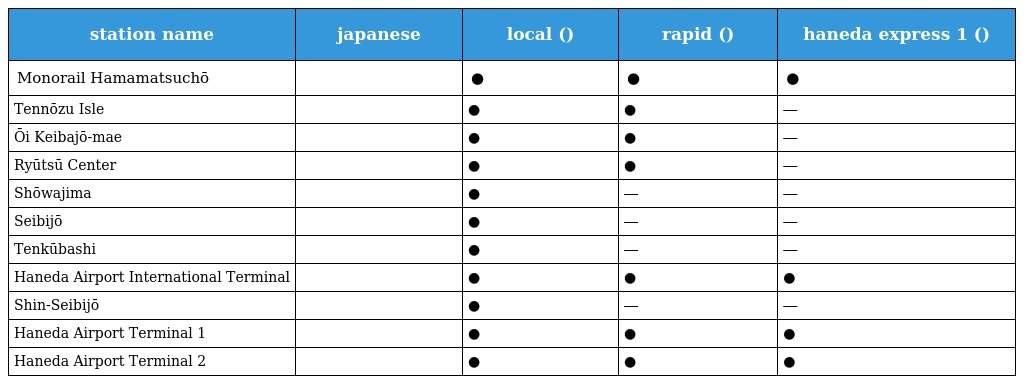
| station name | japanese | local (普通) | rapid (区間快速) | haneda express 1 (空港快速) |
 | --- | --- | --- | --- | --- |
 | Monorail Hamamatsuchō | モノレール浜松町 | ● | ● | ● |
 | Tennōzu Isle | 天王洲アイル | ● | ● | ― |
 | Ōi Keibajō-mae | 大井競馬場前 | ● | ● | ― |
 | Ryūtsū Center | 流通センター | ● | ● | ― |
 | Shōwajima | 昭和島 | ● | ― | ― |
 | Seibijō | 整備場 | ● | ― | ― |
 | Tenkūbashi | 天空橋 | ● | ― | ― |
 | Haneda Airport International Terminal | 羽田空港国際線ビル | ● | ● | ● |
 | Shin-Seibijō | 新整備場 | ● | ― | ― |
 | Haneda Airport Terminal 1 | 羽田空港第１ビル | ● | ● | ● |
 | Haneda Airport Terminal 2 | 羽田空港第２ビル | ● | ● | ● |